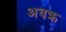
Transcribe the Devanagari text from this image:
अवक्र